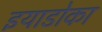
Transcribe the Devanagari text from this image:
इयाडोका